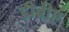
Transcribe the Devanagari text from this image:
डीबीए